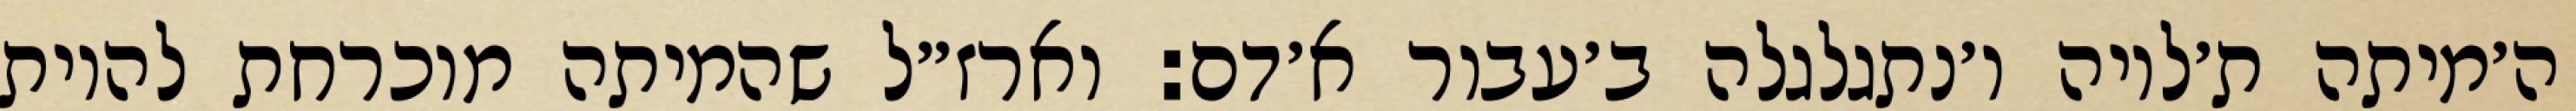
ה׳מיתה ת׳לויה ו׳נתגלגלה ב׳עבור א׳דם: וארז״ל שהמיתה מוכרחת להיות